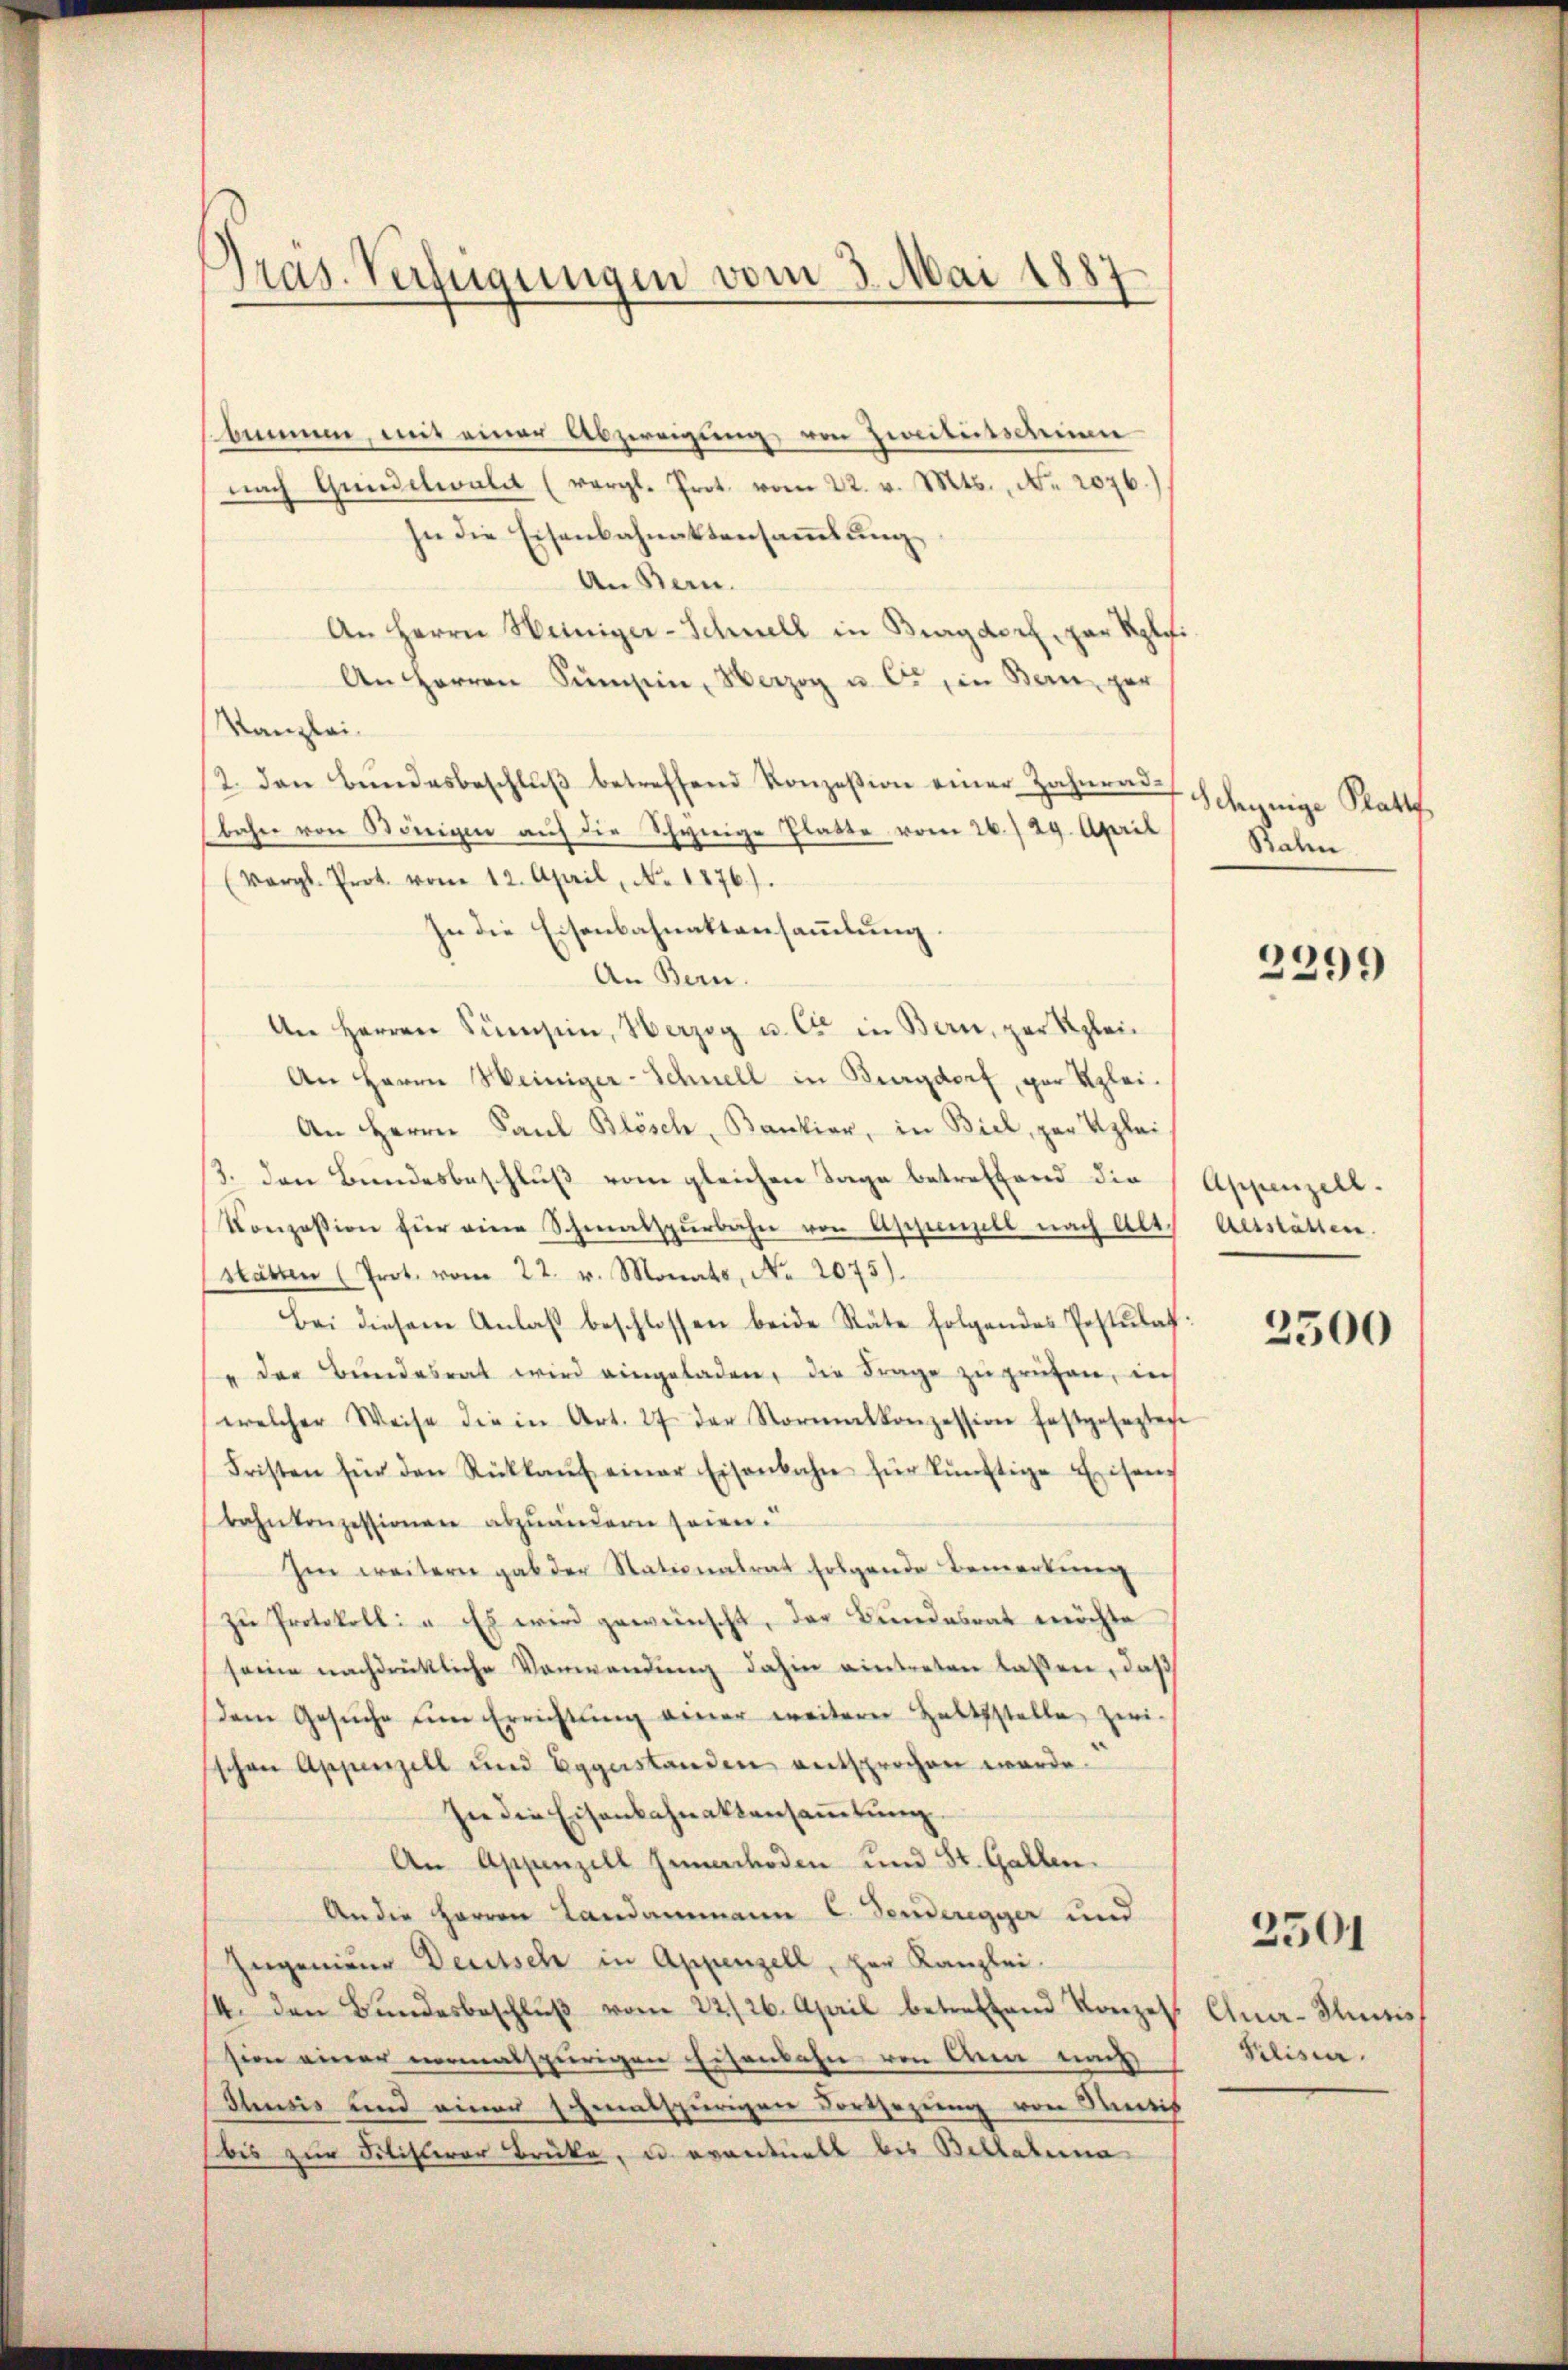
Gras. Verfügungen vom 3. Mai 1887

himmen, mit einer Abzweigung, von zweitessernen
nach Qŭndelwaldt (vergl. Prot. vom 22. v. Mts., N. 2076.
In die Eisenbahnaktensammlung
An Bern.
An Herrn Weiniger-Schnell in Bagdorf, par Rplifi
An Herren Sŭmsin, Herzog u. c., in Bern, ger
Kanzlei.
2. den Bŭndesbeschlŭβ betreffend Konzesion einer Zahnen Schynige Platt
bahn von Königen auf die Schwerige Platte, vom 26./29. April
(Vergl. Prot. vom 12. April, No. 1876).
In die Eisenbahnattansammlung.
An Bern.
An Herren Sumsein, Herzog u. C in Bern, par Klei¬
An Herrn Weiniger-Schnell in Burgdorf, par Klei¬
An Herrn Paul Blösch, Bankier, in Biel, zur Klei
3. den Bundesbeschluß vom gleichen Tage betreffend die
Konzession für eine Schmalspŭrbahn von Aschenzell nach Alt
stätten (Prot. vom 22. v. Monats, No 2075).
Bei diesem Anlaß beschlossen beide Räte folgendes Postulats:
" der Bŭndesrat wird eingeladen, die Frage zu prüfen, in
welcher Weise die in Art. 27 der Normalkonzession festgeseztege
Fristen für den Rückkaŭf einer Eisenbahn für künftige Eisens
bahnkonzessionen abzuändern seien.
Im weitern gab der Stationalrat folgende Bemerkung
zu Protokoll: „Es wird gewünscht, der Bundesrat möchte
seine nachdrückliche Verwendung dahin eintreten lassen, daß
dem Gesŭche ŭm Errichtŭng einer weiterer Haltsstelle zwi-
schen Appenzell und Eggerstanden entsprochen werde.
In die Eisenbahnaktensammlung.
An Appenzell Innerchoden und St. Gallen.
An die Herren Landammann C. Tenderegger und
Ingenieur Deutsch in Appenzell, zur Kanzlei.
/4. den Bŭndesbeschlŭβ vom 22./26. April betreffend Konze
sion einer normalspurigen Eisenbahn von Anna nach
Thusis und einer schmalspurigen dortsezung von Sentis
bis zur Filisterer Brücke, u. eventuell bis Bellatina

Rahn

2299

Appenzell.
Alsstätten.

2500

2501

Qua-Juris
Pilisia.